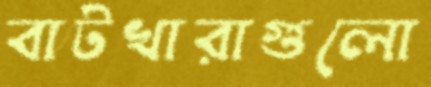
বাটখারাগুলো